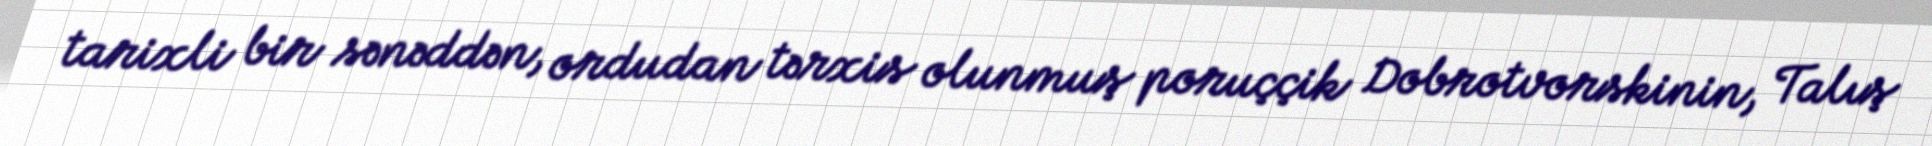
tarixli bir sənəddən, ordudan tərxis olunmuş poruççik Dobrotvorskinin, Talış